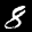
Label: 8